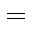
=